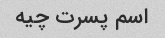
اسم پسرت چیه